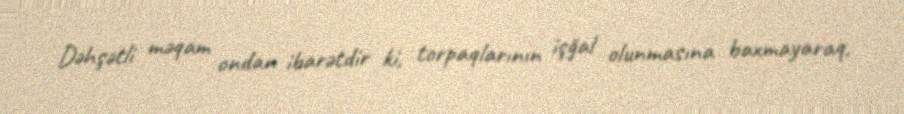
Dəhşətli məqam ondan ibarətdir ki, torpaqlarının işğal olunmasına baxmayaraq,